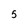
Character: 5